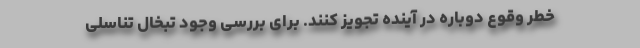
خطر وقوع دوباره در آینده تجویز کنند. برای بررسی وجود تبخال تناسلی